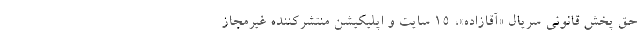
حق پخش قانونی سریال «آقازاده»، ۱۵ سایت و اپلیکیشن منتشرکننده غیرمجاز